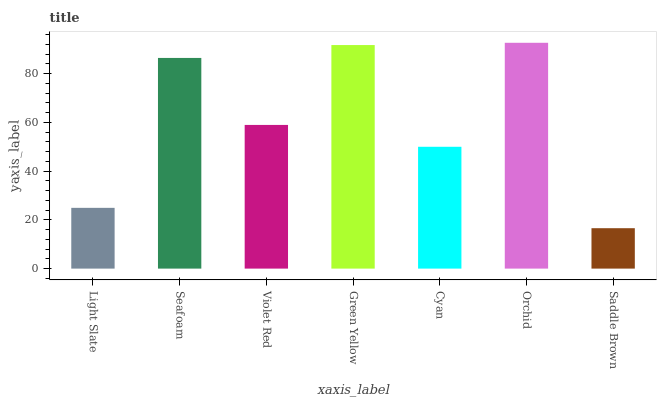
| xaxis_label | bars |
 | --- | --- |
 | Light Slate | 24.9 |
 | Seafoam | 86.5 |
 | Violet Red | 59 |
 | Green Yellow | 91.8 |
 | Cyan | 50 |
 | Orchid | 92.7 |
 | Saddle Brown | 16.6 |